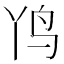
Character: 𲍫